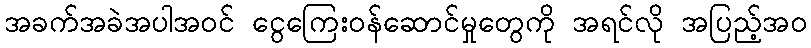
အခက်အခဲအပါအဝင် ငွေကြေးဝန်ဆောင်မှုတွေကို အရင်လို အပြည့်အဝ